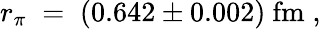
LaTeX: r_{\pi}\; =\; (0.642\pm 0.002)\ \mathrm{fm}\; ,